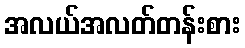
အလယ်အလတ်တန်းစား